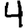
Digit: 4